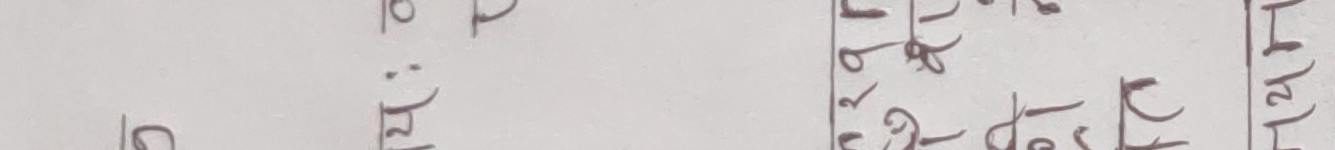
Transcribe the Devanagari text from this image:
२५ गते दिन